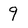
Character: 9